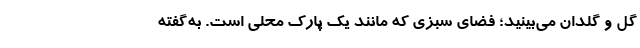
گل و گلدان می‌بینید؛ فضای سبزی که مانند یک پارک محلی است. به‌گفته